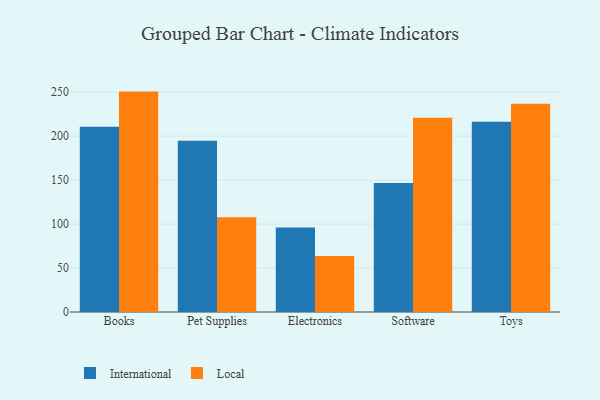
{"axis": {"x": "Category", "y": "Website Visitors"}, "legend": ["International", "Local"], "data": [{"x": "Books", "y": 210.5, "type": "International"}, {"x": "Books", "y": 250.6, "type": "Local"}, {"x": "Pet Supplies", "y": 194.8, "type": "International"}, {"x": "Pet Supplies", "y": 107.6, "type": "Local"}, {"x": "Electronics", "y": 96.0, "type": "International"}, {"x": "Electronics", "y": 63.7, "type": "Local"}, {"x": "Software", "y": 146.8, "type": "International"}, {"x": "Software", "y": 220.8, "type": "Local"}, {"x": "Toys", "y": 216.3, "type": "International"}, {"x": "Toys", "y": 236.8, "type": "Local"}]}